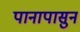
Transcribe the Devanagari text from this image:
पानापासुन